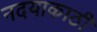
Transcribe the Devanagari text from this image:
नदयाकाठी